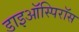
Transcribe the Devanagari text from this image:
डाइऑस्पिरॉस